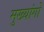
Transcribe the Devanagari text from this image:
मुख्यांगों